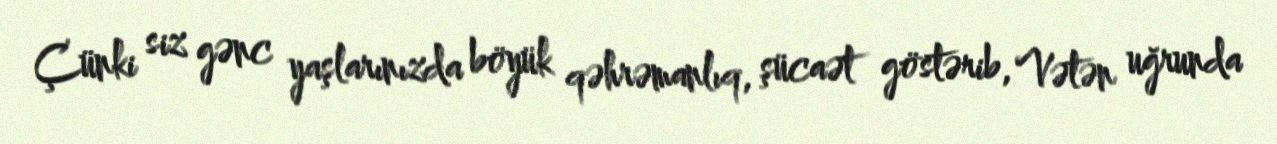
Çünki siz gənc yaşlarınızda böyük qəhrəmanlıq, şücaət göstərib, Vətən uğrunda